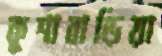
কুশাবাড়িয়া